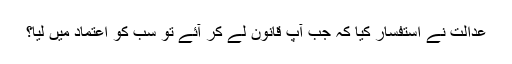
عدالت نے استفسار کیا کہ جب آپ قانون لے کر آئے تو سب کو اعتماد میں لیا؟